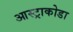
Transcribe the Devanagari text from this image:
आस्ट्राकोडा